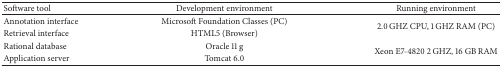
<table><thead><tr><td><b>Software tool</b></td><td><b>Development environment</b></td><td><b>Running environment</b></td></tr></thead><tbody><tr><td>Annotation interface</td><td>Microsoft Foundation Classes (PC)</td><td rowspan="2">2.0 GHZ CPU, 1 GHZ RAM (PC)</td></tr><tr><td>Retrieval interface</td><td>HTML5 (Browser)</td></tr><tr><td>Rational database</td><td>Oracle 11 g</td><td rowspan="2">Xeon E7-4820 2 GHZ, 16 GB RAM</td></tr><tr><td>Application server</td><td>Tomcat 6.0 </td></tr></tbody></table>